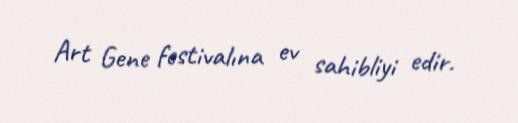
Art Gene festivalına ev sahibliyi edir.